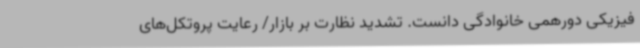
فیزیکی دورهمی خانوادگی دانست. تشدید نظارت بر بازار/ رعایت پروتکل‌های